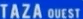
TAZA-QUEST